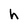
Character: h